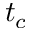
t _ { c }